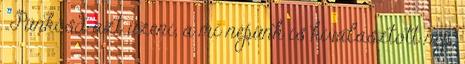
„Pünkösd azt üzeni, a mi népünk is kiválasztott nép,